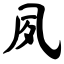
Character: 夙